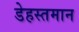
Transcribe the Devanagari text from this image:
डेहस्तमान